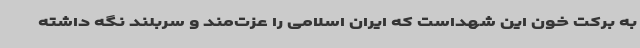
به برکت خون این شهداست که ایران اسلامی را عزت‌مند و سربلند نگه داشته